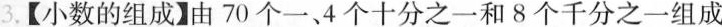
3.【小数的组成】由70个一、4个十分之一和8个千分之一组成